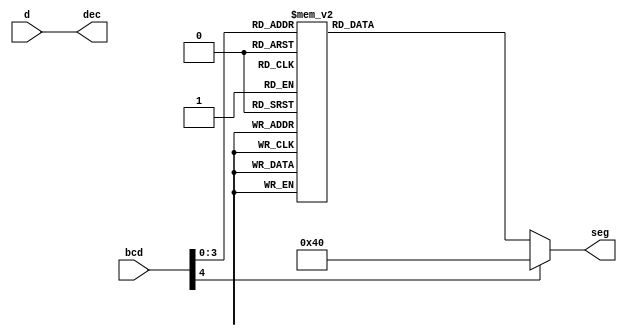
module SevenSegment(bcd, d, seg, dec);
	input [4:0] bcd;
	input d;
	output reg [6:0] seg;
	output dec;
	
	always @(bcd)
		case(bcd)
			0: seg[6:0] = 7'b1000000;
			1: seg[6:0] = 7'b1111001;
			2: seg[6:0] = 7'b0100100;
			3: seg[6:0] = 7'b0110000;
			4: seg[6:0] = 7'b0011001;
			5: seg[6:0] = 7'b0010010;
			6: seg[6:0] = 7'b0000010;
			7: seg[6:0] = 7'b1111000;
			8: seg[6:0] = 7'b0000000;
			9: seg[6:0] = 7'b0010000;
			10: seg[6:0] = 7'b0001000;
			11: seg[6:0] = 7'b0000011;
			12: seg[6:0] = 7'b1000110;
			13: seg[6:0] = 7'b0100001;
			14: seg[6:0] = 7'b0000110;
			15: seg[6:0] = 7'b0001110;
			default: seg = 7'b1000000;
		endcase
	
	assign dec = d;

endmodule